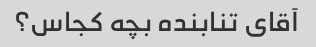
آقای تنابنده بچه کجاس؟